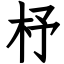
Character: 杼